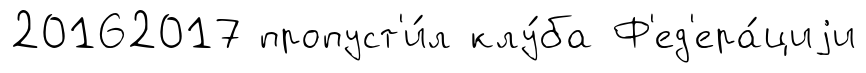
20162017 пропуст'и́л клу́ба Ф'ед'ера́циjи